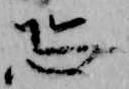
恐